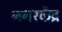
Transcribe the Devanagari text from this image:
नगरकेंद्र